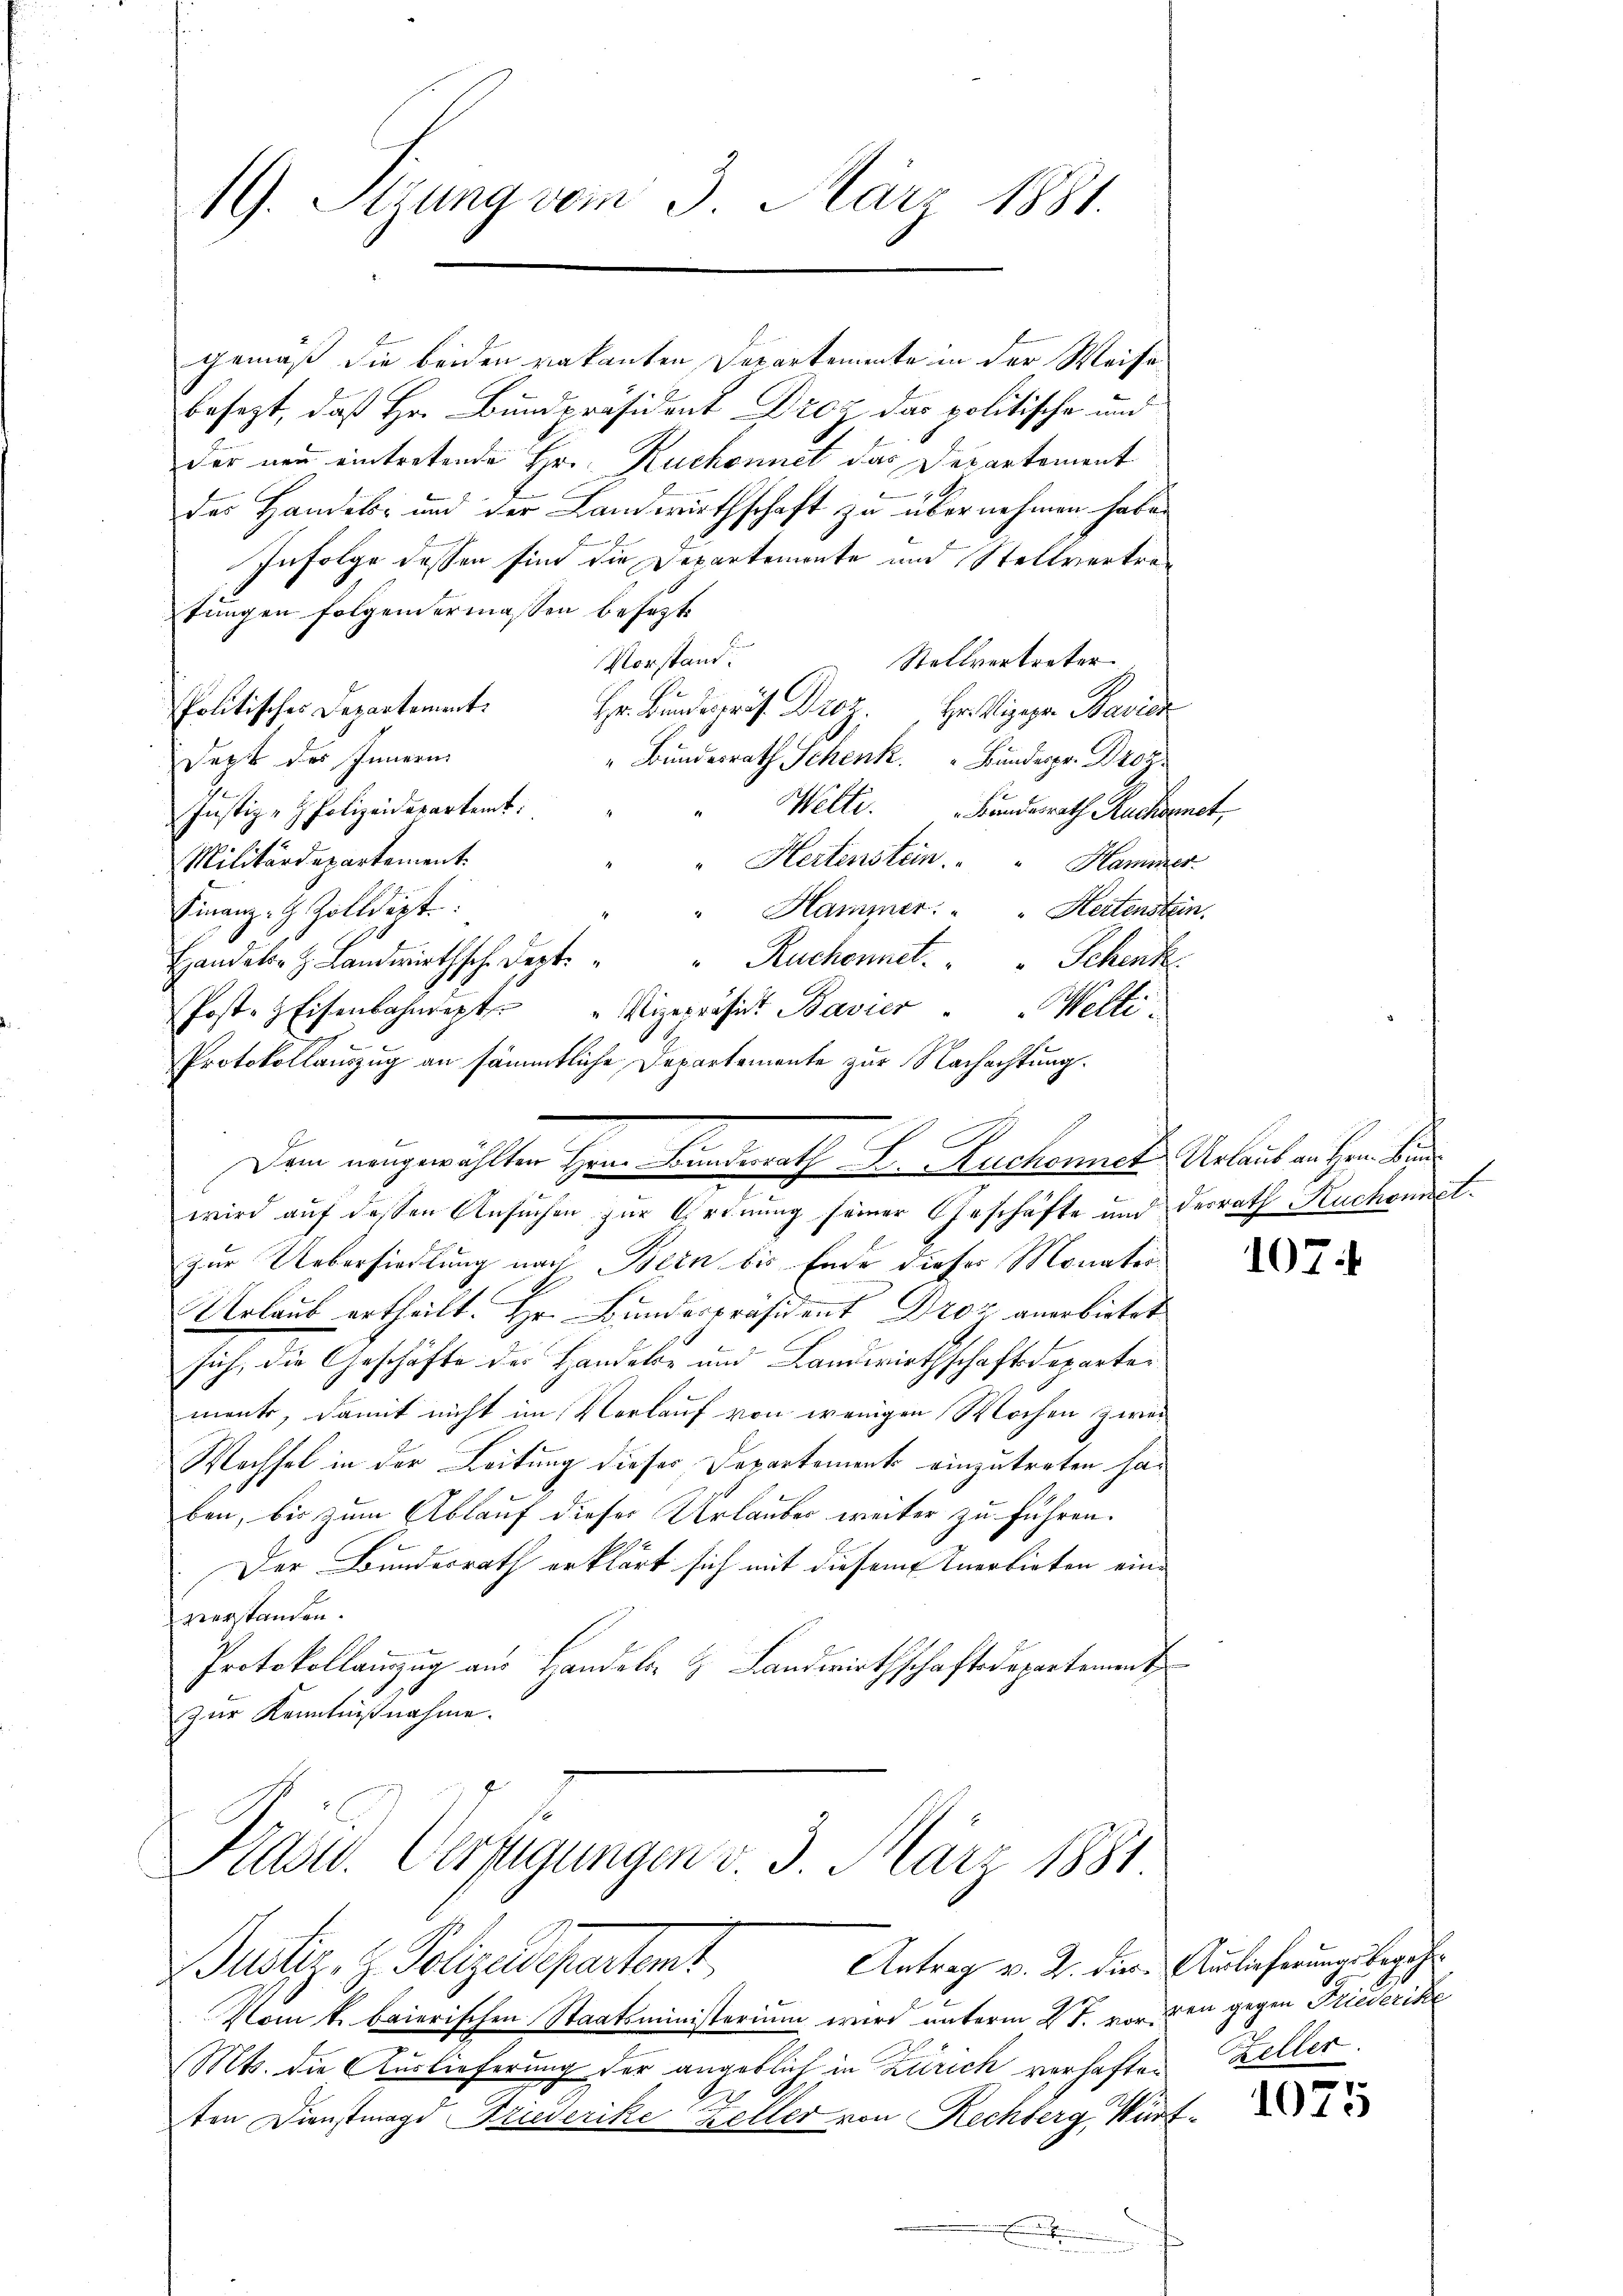
19. Sitzung vom 3. März 1881.

gemäß die beiden vakanten Departemente in der Weise
besezt, daß Hr. Bundpräsident Droz das politische und
der neu eintretende Hr. Ruchonnet das Departement
des Handels- und der Landwirthschaft zu übernehmen habe.
Infolge dessen sind die Departemente und Stellvertratungen folgendermassen besezt.
Vorstand.
Stellvertreter
Politisches Departement.
Hr. Bundesprof. Droz. Hr. Vizepa Bavier
Dept des Innern
" Bundesrath Schenk der Dr
Welti. Bundesrath Ruchornet,
Justiz- & Polizeideparteit:
2
Militärdepartement.
Hertenstein. Hammer
Finanz-G. Zolldert.
Hammer: " " Hertenstein.
" Ruchonnet. "   "  Schent
Handeler z. Landwirthsch. Dert.
Post- & Eisenbahnept. " Vizepräsidt Bavier Welti.
Protokollauszug an sämmtliche Departemente zur Nachachtung.
Dem eingewählten Hern Eindrath D. Ruchennet. Urlaub an Herr Sin
wird auf dessen Ansuchen zur Ordnung seiner Geschäfte und derrath Ruchonetzur Uebersiedlung nach Bein bis Ende dieser Monator
Urlaub ertheilt. Hr. Bundespräsident Droz anerbietet
sich die Geschäfte der Handels und Landwirthschaft departen
mente, damit nicht im Verlauf von wenigen Wochen zwei
Wachsel in der Leitung dieser Departement einzutreten hat
ben, bis zum Ablauf dieser Urlauber weiter zu führen.
Der Bundesrath erklärt sich mit diesem Anerbieten ein- |
veerstanden.
Protokollanzug aus Handeln & Landwirthschaftsdepartement
zur Kenntnißnahme.

Kast. Verfügungen v. 3. März 1881.
Antrag v. 2. die Auslieferungsbegeh¬
Justiz- & Polizeidepartent

Vom k. baierischen Staatsministerium wird unterm 2t. vor den gegen Friederike
Mts. die Auslieferung der angeblich in Zürich vorhaften Zeller.
ten Dienstmagd Friederike Keller von Rechberg, Würt¬
.

107.

1075